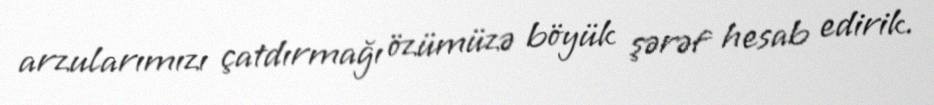
arzularımızı çatdırmağı özümüzə böyük şərəf hesab edirik.